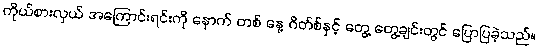
ကိုယ်စားလှယ် အကြောင်းရင်းကို နောက် တစ် နေ့ ဂိတ်စ်နှင့် တွေ့ တွေ့ချင်းတွင် ပြောပြခဲ့သည်။